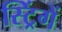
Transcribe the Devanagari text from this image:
स्ट्रिंगें